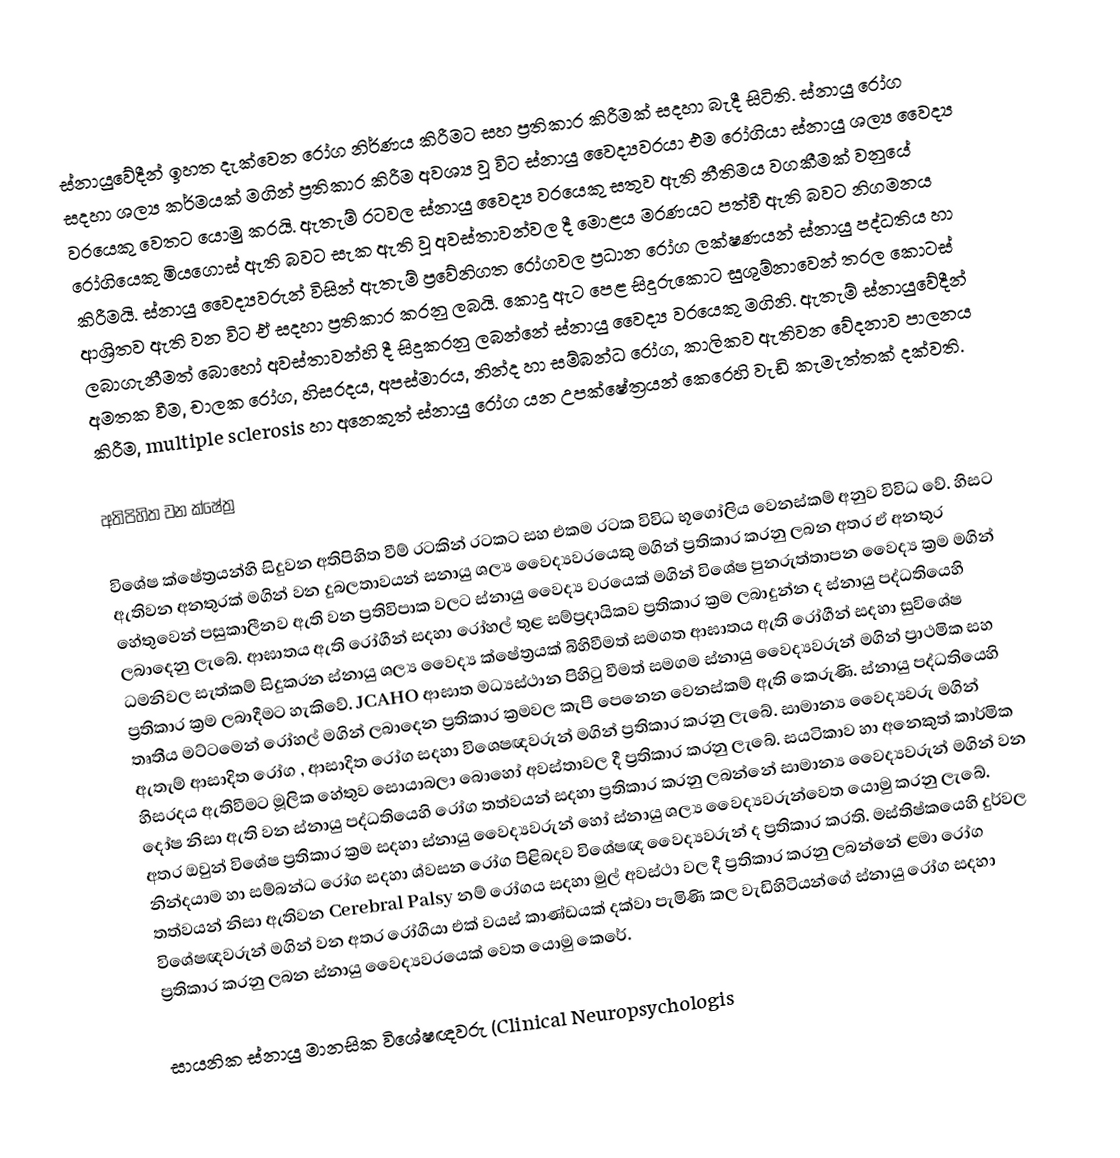
ස්නායුවේදීන්  ඉහත දැක්වෙන රෝග නිර්ණය කිරීමට සහ ප්‍රතිකාර කිරීමක් සදහා බැදී සිටිති. ස්නායු රෝග සදහා ‍ශල්‍ය කර්මයක් මගින් ප්‍රතිකාර කිරීම අවශ්‍ය වූ විට ස්නායු වෛද්‍යවරයා එම රෝගියා ස්නායු  ශල්‍ය වෛද්‍ය වරයෙකු වෙතට යොමු කරයි.  ඇතැම් රටවල ස්නායු වෛද්‍ය වරයෙකු සතුව ඇති නීතිමය වගකීමක් වනුයේ රෝගියෙකු මියගොස් ඇති බවට සැක ඇති වූ අවස්තාවන්වල දී මොළය මරණයට පත්වී ඇති බවට නිගමනය කිරීමයි. ස්නායු වෛද්‍යවරුන් විසින් ඇතැම් ප්‍රවේනිගත රෝගවල ප්‍රධාන රෝග ලක්ෂණයන් ස්නායු පද්ධතිය හා ආශ්‍රිතව ඇති වන විට ඒ සදහා ප්‍රතිකාර කරනු ලබයි. කොදු ඇට පෙළ සිදුරුකොට සුශුම්නාවෙන් තරල කොටස් ලබාගැනීමත් බොහෝ අවස්තාවන්හි දී සිදුකරනු ලබන්නේ ස්නායු වෛද්‍ය වරයෙකු මගිනි. ඇතැම් ස්නායුවේදීන් අමතක වීම, චාලක රෝග, හිසරදය, අපස්මාරය, නින්ද හා සම්බන්ධ රෝග, කාලිකව ඇතිවන වේදනාව පාලනය කිරීම,  multiple sclerosis හා අනෙකුත් ස්නායු රෝග යන උපක්ෂේත්‍රයන් කෙරෙහි වැඩි කැමැත්තක් දක්වති.

අතිපිහිත වන ක්ෂේත්‍ර

විශේෂ ක්ෂේත්‍රයන්හි සිදුවන අතිපිහිත වීම් රටකින් රටකට සහ එකම රටක විවිධ භූගෝලිය වෙනස්කම් අනුව  විවිධ වේ. හිසට ඇතිවන අනතුරක් මගින් වන දුබලතාවයන් සනායු ශල්‍ය වෛද්‍යවරයෙකු මගින් ප්‍රතිකාර කරනු ලබන අතර ඒ අනතුර හේතුවෙන් පසුකාලීනව ඇති වන ප්‍රතිවිපාක වලට ස්නායු වෛද්‍ය වරයෙක් මගින් විශේෂ පුනරුත්තාපන වෛද්‍ය ක්‍රම මගින් ලබාදෙනු ලැබේ. ආඝාතය ඇති රෝගීන් සදහා රෝහල්  තුළ සම්ප්‍රදායිකව ප්‍රතිකාර ක්‍රම ලබාදුන්න ද ස්නායු පද්ධතියෙහි ධමනිවල සැත්කම් සිදුකරන ස්නායු ශල්‍ය වෛද්‍ය ක්ෂේත්‍රයක් බිහිවීමත් සමගත ආඝාතය ඇති රෝගීන් සදහා සුවිශේෂ ප්‍රතිකාර ක්‍රම ලබාදීමට හැකිවේ. JCAHO ආඝාත මධ්‍යස්ථාන පිහිටු වීමත් සමගම ස්නායු වෛද්‍යවරුන් මගින් ප්‍රාථමික සහ තෘතීය මට්ටමෙන් රෝහල් මගින් ලබාදෙන ප්‍රතිකාර ක්‍රමවල කැපී පෙනෙන වෙනස්කම් ඇති කෙරුණි. ස්නායු පද්ධතියෙහි ඇතැම් ආසාදිත රෝග , ආසාදිත රෝග සදහා විශෙෂඥවරුන් මගින් ප්‍රතිකාර කරනු ලැබේ. සාමාන්‍ය වෛද්‍යවරු මගින් හිසරදය ඇතිවීමට මූලික හේතුව සොයාබලා බොහෝ අවස්තාවල දී ප්‍රතිකාර කරනු ලැබේ. සයටිකාව හා අනෙකුත් කාර්මික දෝෂ නිසා ඇති වන ස්නායු පද්ධතියෙහි රෝග තත්වයන් සදහා ප්‍රතිකාර කරනු ලබන්නේ සාමාන්‍ය වෛද්‍යවරුන් මගින් වන අතර ඔවුන් විශේෂ ප්‍රතිකාර ක්‍රම සදහා ස්නායු වෛද්‍යවරුන් හෝ ස්නායු ශල්‍ය වෛද්‍යවරුන්වෙත යොමු කරනු ලැබේ. නින්දයාම හා සම්බන්ධ රෝග සදහා ශ්වසන රෝග පිළිබදව විශේෂඥ වෛද්‍යවරුන් ද ප්‍රතිකාර කරති. මස්තිෂ්කයෙහි දුර්වල තත්වයන් නිසා ඇතිවන Cerebral Palsy නම් රෝගය සදහා මුල් අවස්ථා වල දී ප්‍රතිකාර කරනු ලබන්නේ ළමා රෝග විශේෂඥවරුන් මගින් වන අතර රෝගියා එක් වයස් කාණ්ඩයක් දක්වා පැමිණි කල වැඩිහිටියන්ගේ ස්නායු රෝග සදහා ප්‍රතිකාර කරනු ලබන ස්නායු වෛද්‍යවරයෙක් වෙත යොමු කෙරේ.

සායනික ස්නායු මානසික විශේෂඥවරු (Clinical Neuropsychologis